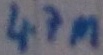
Text: 4.7M